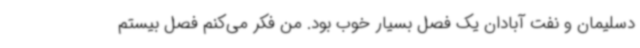
دسلیمان و نفت آبادان یک فصل بسیار خوب بود. من فکر می‌کنم فصل بیستم